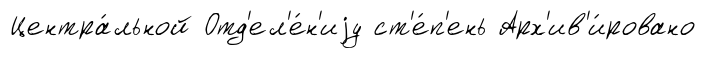
Центра́льной Отд'ел'е́н'иjу ст'е́п'ень Арх'ив'и́ровано